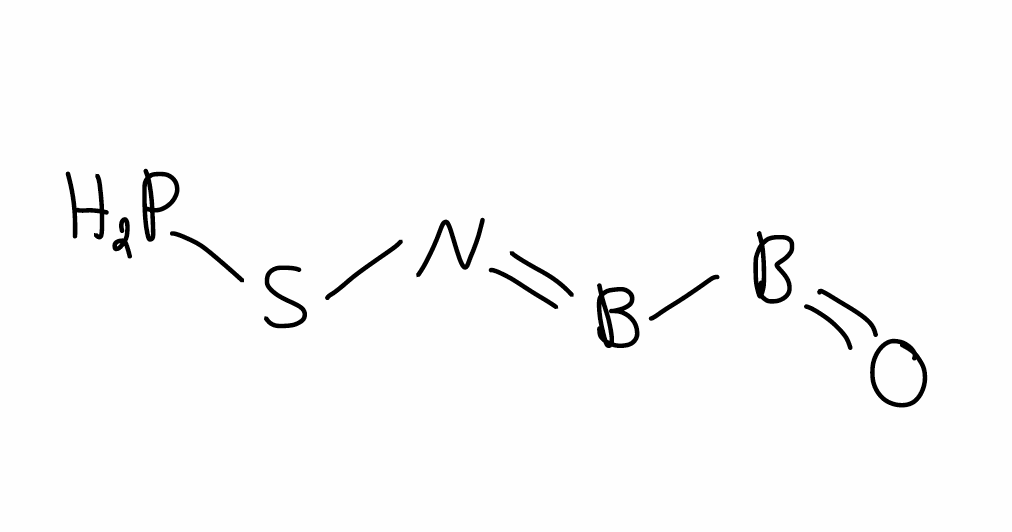
Simplified molecular-input line-entry system (SMILES) notation of the given molecule:
B(=NSP)B=O